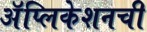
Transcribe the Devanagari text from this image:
अॅप्लिकेशनची